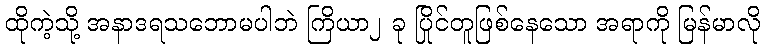
ထိုကဲ့သို့ အနာဒရသဘောမပါဘဲ ကြိယာ၂ ခု ပြိုင်တူဖြစ်နေသော အရာကို မြန်မာလို